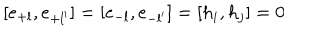
LaTeX: [ e _ { + l } , e _ { + l ^ { \prime } } ] = [ e _ { - l } , e _ { - l ^ { \prime } } ] = [ h _ { i } , h _ { j } ] = 0